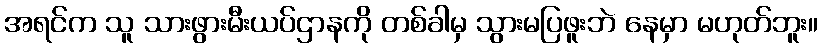
အရင်က သူ သားဖွားမီးယပ်ဌာနကို တစ်ခါမှ သွားမပြဖူးဘဲ နေမှာ မဟုတ်ဘူး။